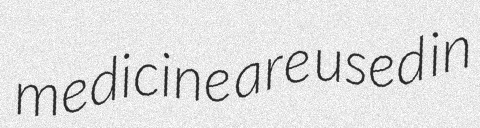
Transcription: medicine are used in